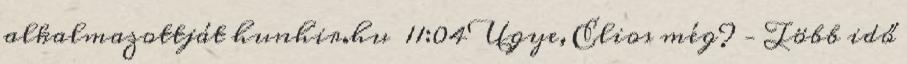
alkalmazottját hunhir.hu 11:04 Ugye, Elios még? – Több idő